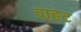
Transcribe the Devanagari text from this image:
वाहट